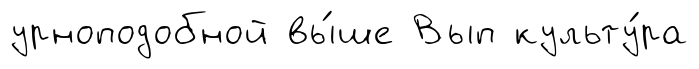
урноподобной вы́ше Вып культу́ра